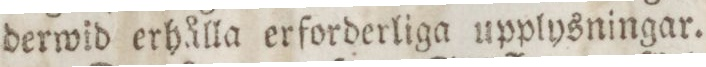
derwid erhålla erforderliga upplysningar.